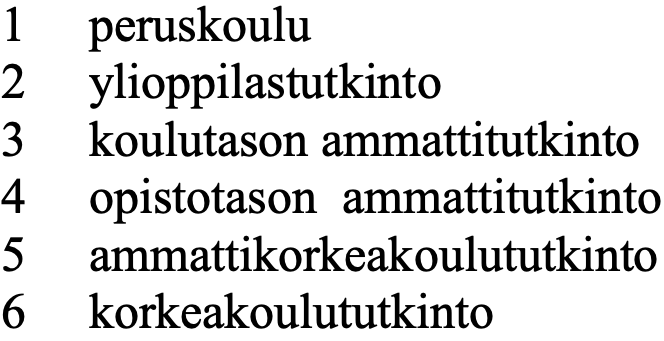
1  peruskoulu 2  ylioppilastutkinto 3  koulutason ammattitutkinto 4  opistotason ammattitutkinto 5  ammattikorkeakoulututkinto 6  korkeakoulututkinto